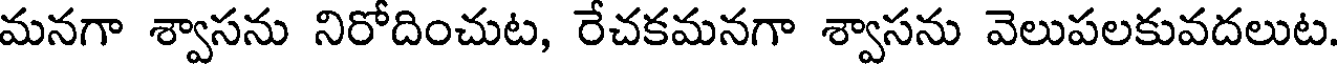
మనగా శ్వాసను నిరోదించుట, రేచకమనగా శ్వాసను వెలుపలకువదలుట